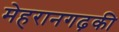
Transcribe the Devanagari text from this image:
मेहरानगढ़की